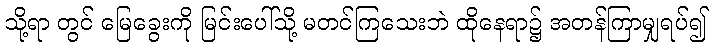
သို့ရာ တွင် မြေခွေးကို မြင်းပေါ်သို့ မတင်ကြသေးဘဲ ထိုနေရာ၌ အတန်ကြာမျှရပ်၍